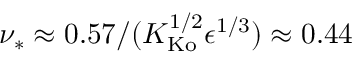
\nu _ { * } \approx 0 . 5 7 / ( K _ { \mathrm { K o } } ^ { 1 / 2 } \epsilon ^ { 1 / 3 } ) \approx 0 . 4 4